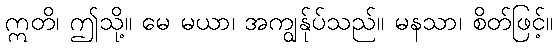
ဣတိ၊ ဤသို့။ မေ မယာ၊ အကျွန်ုပ်သည်။ မနသာ၊ စိတ်ဖြင့်။